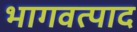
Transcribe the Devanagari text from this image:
भागवत्पाद